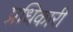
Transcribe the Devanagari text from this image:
प्रधिकारी